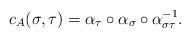
LaTeX: \begin{align*} c_A(\sigma,\tau)=\alpha_\tau\circ\alpha_\sigma\circ\alpha_{\sigma\tau}^{-1}.\end{align*}